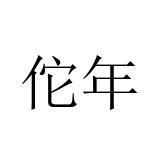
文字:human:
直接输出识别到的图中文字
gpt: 佗年